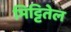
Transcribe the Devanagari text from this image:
मिट्टितेल